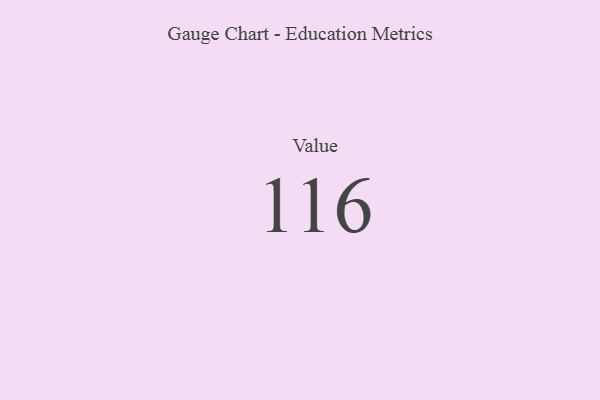
{"axis": {"x": "Metric", "y": "Value"}, "legend": [""], "data": [{"x": "Value", "y": 116, "type": ""}]}